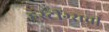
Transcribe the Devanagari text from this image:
हेस्टींग्सची